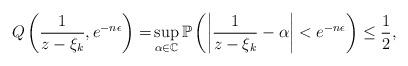
LaTeX: \begin{align*}Q\left(\frac{1}{z-\xi_k},e^{-n\epsilon}\right) =& \sup\limits_{\alpha \in \mathbb{C}}\mathbb{P}\left( \bigg|\frac{1}{z-\xi_k}-\alpha\bigg|<e^{-n\epsilon} \right)\leq \frac{1}{2}, \end{align*}